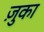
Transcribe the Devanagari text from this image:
ज़ुका